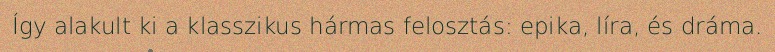
Így alakult ki a klasszikus hármas felosztás: epika, líra, és dráma.